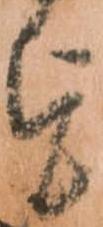
を